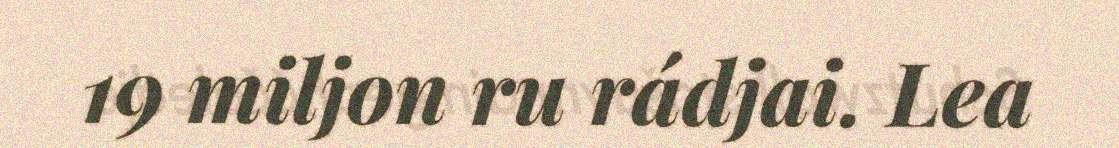
19 miljon ru rádjai. Lea